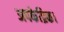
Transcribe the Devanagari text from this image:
अपकेद्रिक।